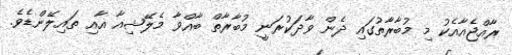
ރާއްޖެއާއެކު މި މުބާރާތުގައި ދެން ވާދަކުރަނީ މުބާރާތް ބާއްވާ މެލޭޝިއާ އާއި ތައިލޭންޑެވެ.